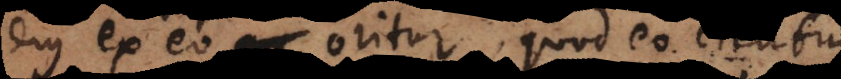
ejus ex eo oritur, quod eo cientur